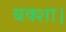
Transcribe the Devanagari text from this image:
बक्शा।